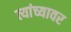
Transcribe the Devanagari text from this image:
त्यांच्यावर